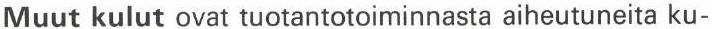
Muut kulut ovat tuotantotoiminnasta aiheutuneita ku-